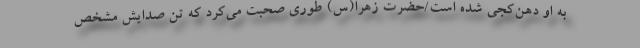
به او دهن‌کجی شده است/حضرت زهرا(س) طوری صحبت می‌کرد که تُن صدایش مشخص